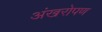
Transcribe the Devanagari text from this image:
अंखरोपण